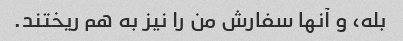
بله، و آنها سفارش من را نیز به هم ریختند.